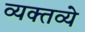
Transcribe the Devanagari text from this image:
व्यक्तव्ये